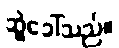
ဆွဲခေါ်သည်။